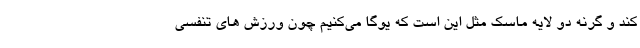
کند و گرنه دو لایه ماسک مثل این است که یوگا می‌کنیم چون ورزش های تنفسی